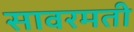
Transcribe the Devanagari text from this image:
सावरमती